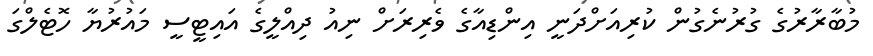
މުބާރާރުގެ ގުރުނެގުން ކުރިއަށްދަނީ އިންޑިއާގެ ވެރިރަށް ނިއު ދިއްލީގެ އައިޓީސީ މައުރުޔާ ހޮޓެލްގަ